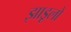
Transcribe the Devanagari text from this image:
झाडूलो